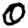
Digit: 0